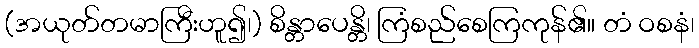
(အယုတ်တမာကြီးဟူ၍၊) စိန္တာပေန္တိ၊ ကြံစည်စေကြကုန်၏။ တံ ဝစနံ၊